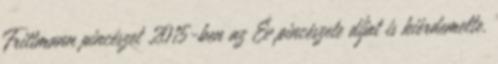
Frittmann pincészet 2015-ben az Év pincészete díjat is kiérdemelte.